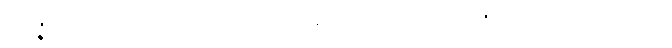
ဝိဝဇ္ဇိတံ၊ မယှဉ်မစပ် ကင်းပြတ်ခြားနားလှ၏။ မဟာရာဇ၊ မင်းမြတ်။ ဧဝမေဝ